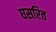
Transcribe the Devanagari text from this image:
घसरित